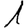
Digit: 1